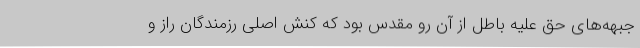
جبهه‌های حق علیه باطل از آن رو مقدس بود که کنش اصلی رزمندگان راز و